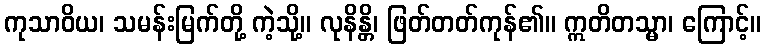
ကုသာဝိယ၊ သမန်းမြက်တို့ ကဲ့သို့။ လုနိန္တိ၊ ဖြတ်တတ်ကုန်၏။ ဣတိတသ္မာ၊ ကြောင့်။